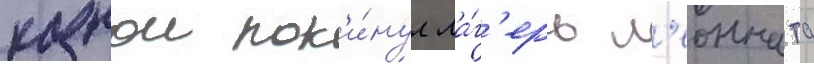
казнои пок'и́нул ла́г'ерь л'еонната